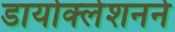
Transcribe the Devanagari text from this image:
डायोक्लेशनने